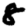
Digit: 8